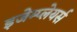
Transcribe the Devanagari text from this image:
इजेम्प्लेयर्स